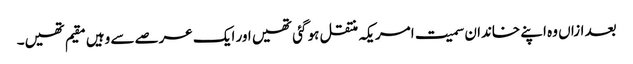
بعد ازاں وہ اپنے خاندان سمیت امریکہ منتقل ہو گئی تھیں اور ایک عرصے سے وہیں مقیم تھیں۔